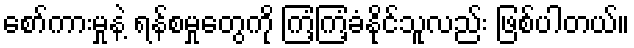
စော်ကားမှုနဲ့ ရန်စမှုတွေကို ကြံ့ကြံ့ခံနိုင်သူလည်း ဖြစ်ပါတယ်။